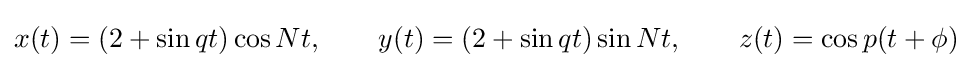
x(t)=(2+\sin qt)\cos Nt,\qquad y(t)=(2+\sin qt)\sin Nt,\qquad z(t)=\cos p(t+\phi )